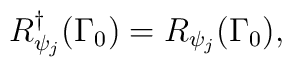
R_{\psi _{j}}^{\dagger }(\Gamma _{0})=R_{\psi _{j}}(\Gamma _{0}),